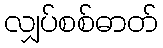
လျှပ်စစ်ဓာတ်